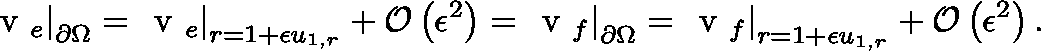
\left. \ensuremath { \mathrm { \boldmath ~ v ~ } } _ { e } \right| _ { \partial \Omega } = \left. \ensuremath { \mathrm { \boldmath ~ v ~ } } _ { e } \right| _ { r = 1 + \epsilon u _ { 1 , r } } + \mathcal { O } \left( \epsilon ^ { 2 } \right) = \left. \ensuremath { \mathrm { \boldmath ~ v ~ } } _ { f } \right| _ { \partial \Omega } = \left. \ensuremath { \mathrm { \boldmath ~ v ~ } } _ { f } \right| _ { r = 1 + \epsilon u _ { 1 , r } } + \mathcal { O } \left( \epsilon ^ { 2 } \right) .